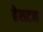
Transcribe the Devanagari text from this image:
हेसटन